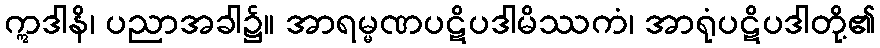
ဣဒါနိ၊ ပညာအခါ၌။ အာရမ္မဏပဋိပဒါမိဿကံ၊ အာရုံပဋိပဒါတို့၏